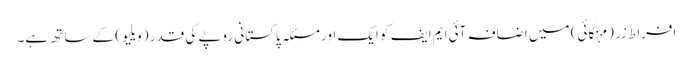
افراط زر (مہنگائی) میں اضافہ آئی ایم ایف کو ایک اور مسئلہ پاکستانی روپے کی قدر (ویلیو) کے ساتھ ہے۔